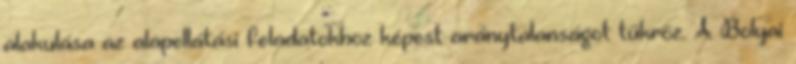
alakulása az alapellátási feladatokhoz képest aránytalanságot tükröz. A Bolyai